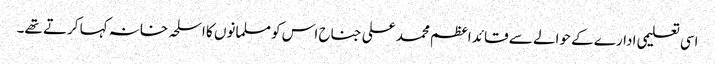
اسی تعلیمی ادارے کے حوالے سے قائد اعظم محمد علی جناح اس کو مسلمانوں کا اسلحہ خانہ کہا کرتے تھے۔